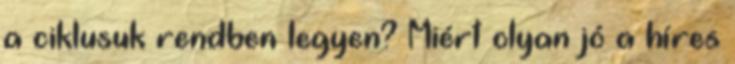
a ciklusuk rendben legyen? Miért olyan jó a híres